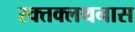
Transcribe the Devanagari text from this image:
रक्तक्लथनास